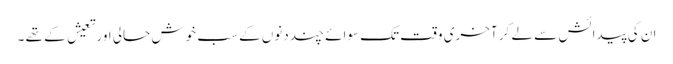
ان کی پیدائش سے لے کر آخری وقت تک سوائے چند دنوں کے سب خوش حالی اور تعیش کے تھے ۔